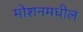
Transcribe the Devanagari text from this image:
मोशनमधील